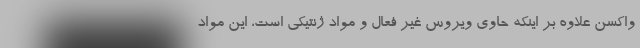
واکسن علاوه بر اینکه حاوی ویروس غیر فعال و مواد ژنتیکی است، این مواد